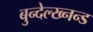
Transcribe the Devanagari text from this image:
बुन्देल्ख्नन्ड